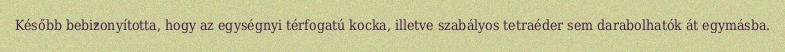
Később bebizonyította, hogy az egységnyi térfogatú kocka, illetve szabályos tetraéder sem darabolhatók át egymásba.